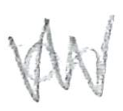
Text: on
Cross-out: zig-zag
Writing tool: pencil